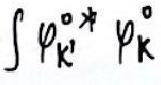
\(\int \varphi_{\mathbf{k}'}^{\circ *} \varphi_{\mathbf{k}}^{\